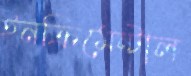
ইনক্রিমেন্টাল